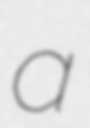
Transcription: a